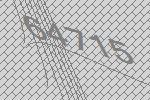
64715